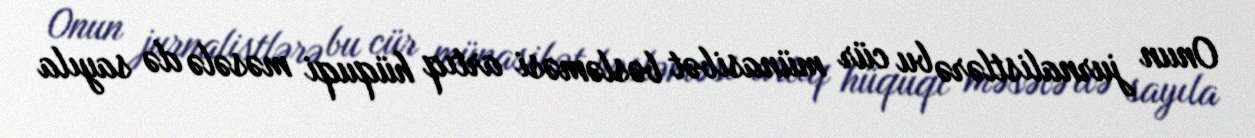
Onun jurnalistlərə bu cür münasibət bəsləməsi artıq hüquqi məsələ də sayıla